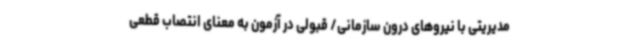
مدیریتی با نیروهای درون سازمانی/ قبولی در آزمون به معنای انتصاب قطعی